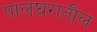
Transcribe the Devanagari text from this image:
पालघरातील